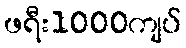
ဖရီး1000ကျပ်